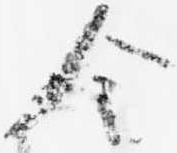
令